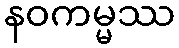
နဝကမ္မဿ